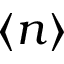
\langle n \rangle